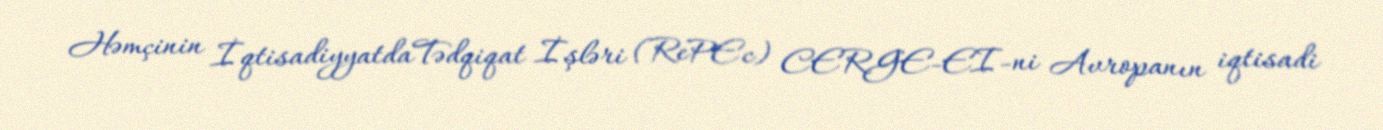
Həmçinin İqtisadiyyatdaTədqiqat İşləri (RePEc) CERGE-EI-ni Avropanın iqtisadi